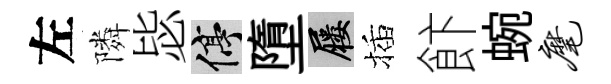
左隣毖停墮屨插飰蜿麾